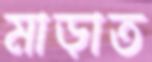
মাড়াত